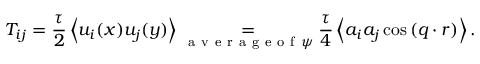
T _ { i j } = \frac { \tau } { 2 } \left\langle u _ { i } ( \boldsymbol { x } ) u _ { j } ( \boldsymbol { y } ) \right\rangle \underset { \mathrm { ~ a ~ v ~ e ~ r ~ a ~ g ~ e ~ o ~ f ~ } \psi } { = } \frac { \tau } { 4 } \left\langle a _ { i } a _ { j } \cos { ( \boldsymbol { q } \cdot \boldsymbol { r } ) } \right\rangle .